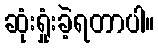
ဆုံးရှုံးခဲ့ရတာပါ။